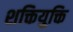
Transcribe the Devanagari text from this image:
शक्तियुक्ति